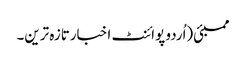
ممبئی(اُردو پوائنٹ اخبارتازہ ترین۔